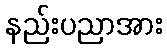
နည်းပညာအား